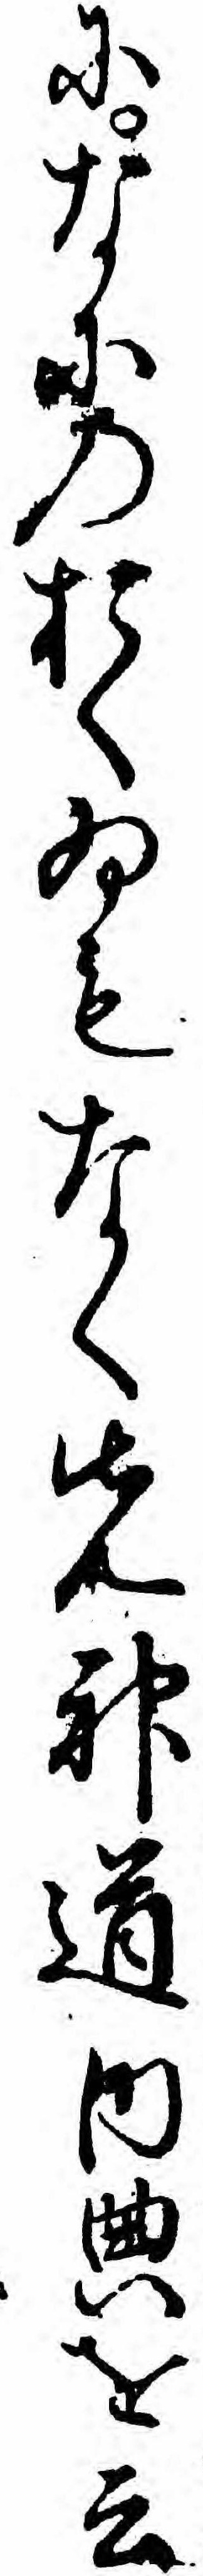
になにのおくゐもなく先神道内典を云